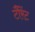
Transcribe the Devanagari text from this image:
टौरेंट